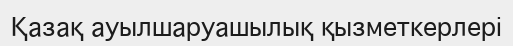
Қазақ ауылшаруашылық қызметкерлері